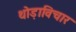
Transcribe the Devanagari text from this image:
थोड़ाविचार